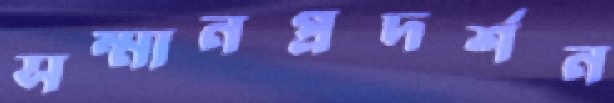
সম্মানপ্রদর্শন